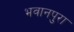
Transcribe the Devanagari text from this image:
भवानपुरा